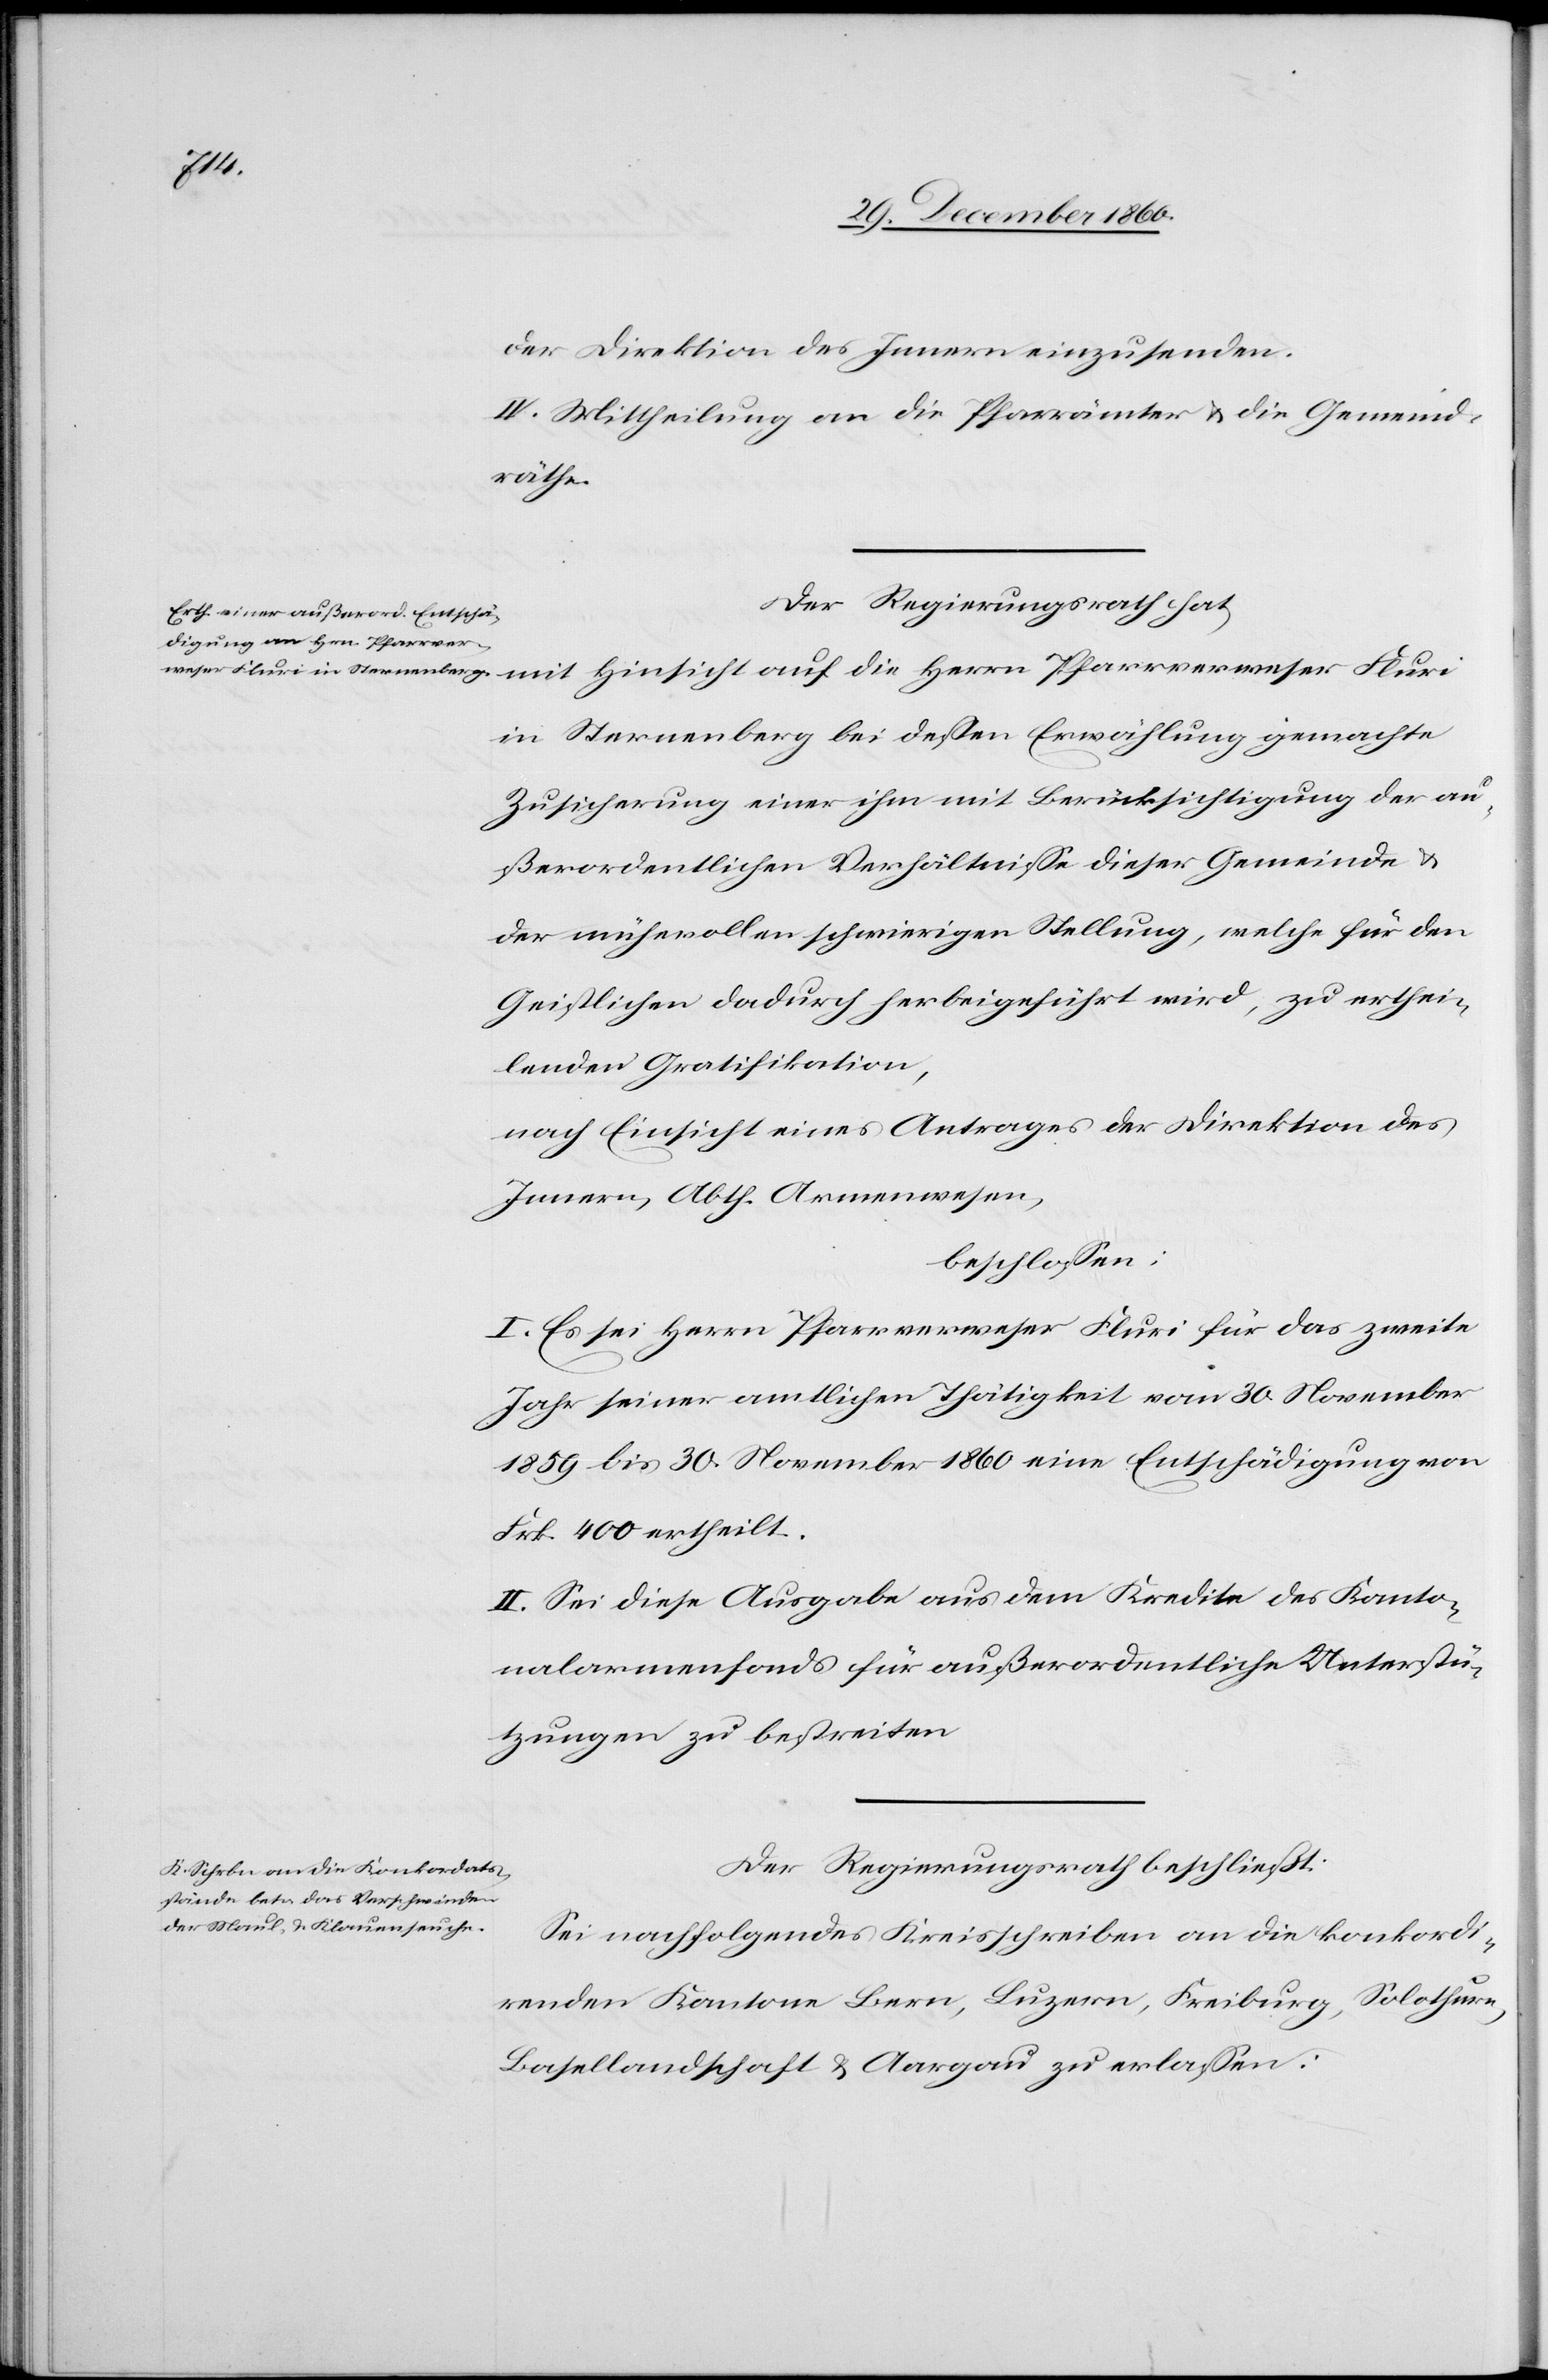
der Direktion des Innern einzusenden.
IV. Mittheilung an die Pfarrämter u. die Gemeind¬
räthe.
Der Regierungsrath hat,
mit Hinsicht auf die Herrn Pfarrverweser Fluri
in Sternenberg bei dessen Erwählung gemachte
Zusicherung einer ihm mit Berücksichtigung der au¬
ßerordentlichen Verhältnisse dieser Gemeinde u.
der mühevollen schwierigen Stellung, welche für den
Geistlichen dadurch herbeigeführt wird, zu erthei¬
lenden Gratifikation,
nach Einsicht eines Antrages der Direktion des
Innern, Abth. Armenwesen,
beschlossen;
I. Es sei Herrn Pfarrverweser Fluri für das zweite
Jahr seiner amtlichen Thätigkeit vom 30. November
1859 bis 30. November 1860 eine Entschädigung von
Frk. 400 ertheilt.
II. Sei diese Ausgabe aus dem Kredite des Kanto¬
nalarmenfonds für außerordentliche Unterstü¬
tzungen zu bestreiten.
Der Regierungsrath beschließt:
Sei nachfolgendes Kreisschreiben an die konkordi¬
renden Kantone Bern, Luzern, Freiburg, Solothurn,
Basellandschaft u. Aargau zu erlassen: